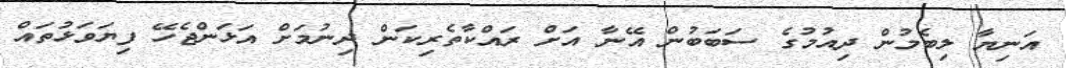
އަނިޔާ ލިބެމުން ދިއުމުގެ ސަބަބުން އޭނާ އަށް ރައްކާތެރިކަން ދިނުމަށް އަޅަންޖެހޭ ފިޔަވަޅުތައް